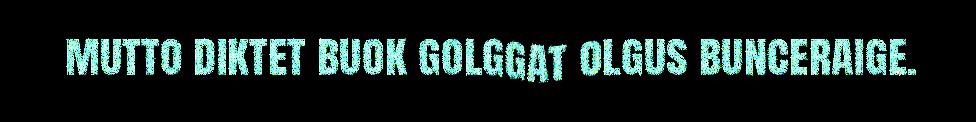
mutto diktet buok golggat olgus bunceraige.